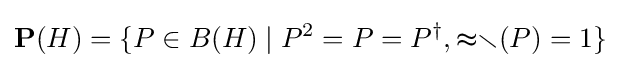
\mathbf {P} (H)=\{P\in B(H)\mid P^{2}=P=P^{\dagger },\mathbb {tr} (P)=1\}